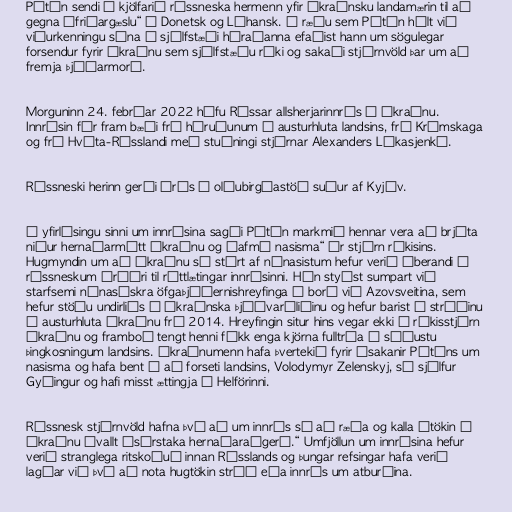
Pútín sendi í kjölfarið rússneska hermenn yfir úkraínsku landamærin til að
gegna „friðargæslu“ í Donetsk og Lúhansk. Í ræðu sem Pútín hélt við
viðurkenningu sína á sjálfstæði héraðanna efaðist hann um sögulegar
forsendur fyrir Úkraínu sem sjálfstæðu ríki og sakaði stjórnvöld þar um að
fremja þjóðarmorð.

Morguninn 24. febrúar 2022 hófu Rússar allsherjarinnrás í Úkraínu.
Innrásin fór fram bæði frá héruðunum í austurhluta landsins, frá Krímskaga
og frá Hvíta-Rússlandi með stuðningi stjórnar Alexanders Lúkasjenkó.

Rússneski herinn gerði árás á olíubirgðastöð suður af Kyjív.

Í yfirlýsingu sinni um innrásina sagði Pútín markmið hennar vera að brjóta
niður hernaðarmátt Úkraínu og „afmá nasisma“ úr stjórn ríkisins.
Hugmyndin um að Úkraínu sé stýrt af nýnasistum hefur verið áberandi í
rússneskum áróðri til réttlætingar innrásinni. Hún styðst sumpart við
starfsemi nýnasískra öfgaþjóðernishreyfinga á borð við Azovsveitina, sem
hefur stöðu undirliðs í úkraínska þjóðvarðliðinu og hefur barist í stríðinu
í austurhluta Úkraínu frá 2014. Hreyfingin situr hins vegar ekki í ríkisstjórn
Úkraínu og framboð tengt henni fékk enga kjörna fulltrúa í síðustu
þingkosningum landsins. Úkraínumenn hafa þvertekið fyrir ásakanir Pútíns um
nasisma og hafa bent á að forseti landsins, Volodymyr Zelenskyj, sé sjálfur
Gyðingur og hafi misst ættingja í Helförinni.

Rússnesk stjórnvöld hafna því að um innrás sé að ræða og kalla átökin í
Úkraínu ávallt „sérstaka hernaðaraðgerð.“ Umfjöllun um innrásina hefur
verið stranglega ritskoðuð innan Rússlands og þungar refsingar hafa verið
lagðar við því að nota hugtökin stríð eða innrás um atburðina.